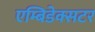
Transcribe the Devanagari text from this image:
एम्बिडेक्सटर